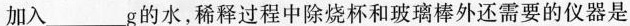
加入___g的水，稀释过程中除烧杯和玻璃棒外还需要的仪器是